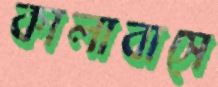
কালাবাসে